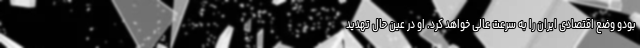
بودو وضع اقتصادی ایران را به سرعت عالی خواهد کرد. او در عین حال تهدید